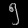
Digit: ၅